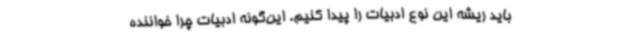
باید ریشه این نوع ادبیات را پیدا کنیم. این‌گونه ادبیات چرا خواننده